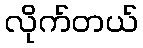
လိုက်တယ်